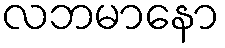
လဘမာနော